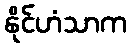
နိုင်ဟံသာက